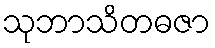
သုဘာသိတဓဇာ